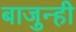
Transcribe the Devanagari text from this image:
बाजुन्ही